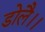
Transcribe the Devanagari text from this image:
डोलै।।